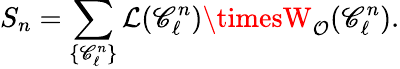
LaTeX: S_{n}=\sum_{\{ \mathscr{C}_{\ell}^{n}\} }\mathcal{{L}}(\mathscr{C}_{\ell}^{n})\timesW_{\mathcal{{O}}}(\mathscr{C}_{\ell}^{n}).